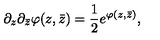
\partial _ { z } \partial _ { \bar { z } } \varphi ( z , \bar { z } ) = { \frac { 1 } { 2 } } e ^ { \varphi ( z , \bar { z } ) } ,